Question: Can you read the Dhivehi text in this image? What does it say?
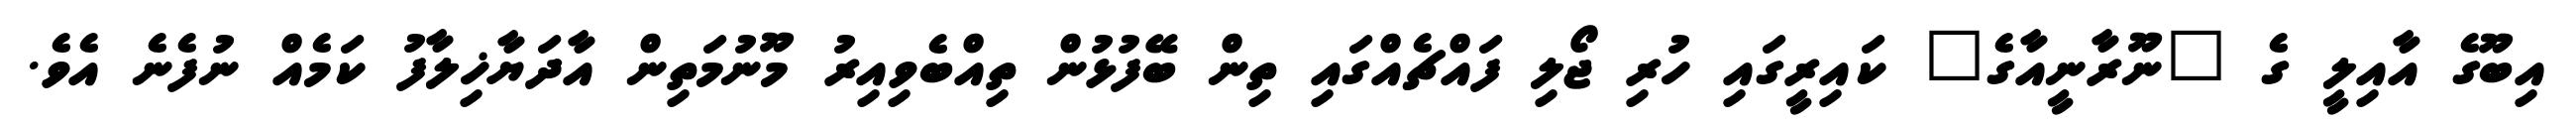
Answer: އިބޫގެ އާއިލީ ގެ "ނޫރާނީއާގެ" ކައިރީގައި ހުރި ޖޯލި ފައްޗެއްގައި ތިން ބޭފުޅުން ތިއްބެވިއިރު މޫނުމަތިން އާދަޔާޚިލާފު ކަމެއް ނުފެނެ އެވެ.